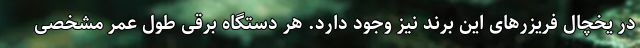
در یخچال فریزرهای این برند نیز وجود دارد. هر دستگاه برقی طول عمر مشخصی